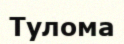
Тулома